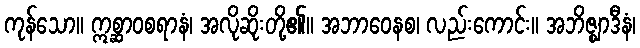
ကုန်သော။ ဣစ္ဆာဝစရာနံ၊ အလိုဆိုးတို့၏။ အဘာဝေနစ၊ လည်းကောင်း။ အဘိဇ္ဈာဒီနံ၊